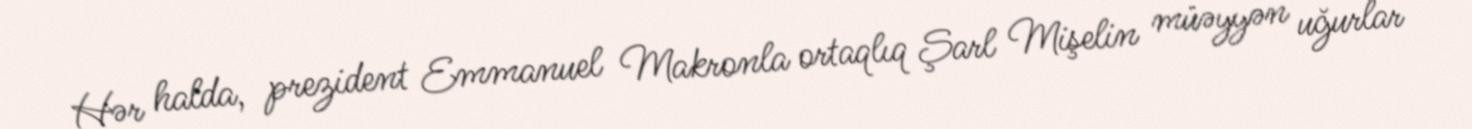
Hər halda, prezident Emmanuel Makronla ortaqlıq Şarl Mişelin müəyyən uğurlar